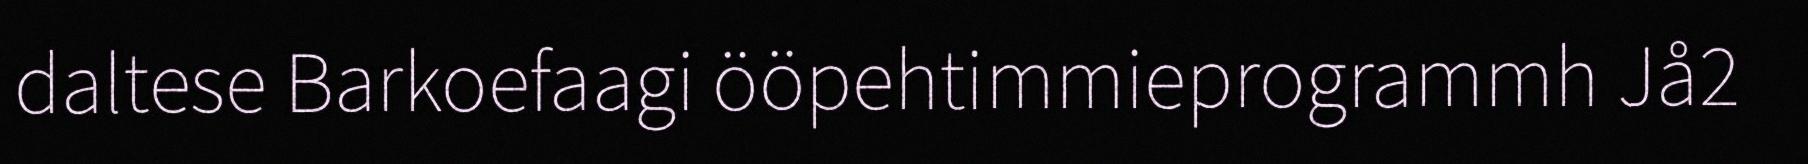
daltese Barkoefaagi ööpehtimmieprogrammh Jå2